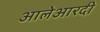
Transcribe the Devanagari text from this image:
आलेआरदी